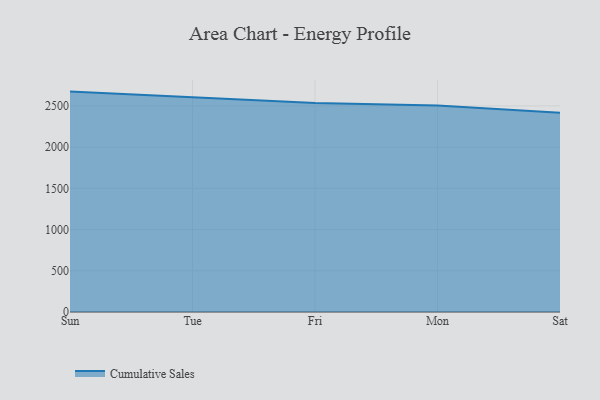
{"axis": {"x": "Day", "y": "Tickets Resolved"}, "legend": ["Cumulative Sales"], "data": [{"x": "Sun", "y": 2673.7, "type": "Cumulative Sales"}, {"x": "Tue", "y": 2603.2, "type": "Cumulative Sales"}, {"x": "Fri", "y": 2535.6, "type": "Cumulative Sales"}, {"x": "Mon", "y": 2506.3, "type": "Cumulative Sales"}, {"x": "Sat", "y": 2417.6, "type": "Cumulative Sales"}]}